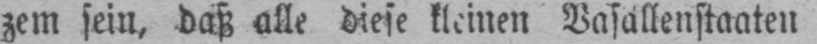
zem sein, daß alle diese kleinen Vasallenstaaten